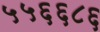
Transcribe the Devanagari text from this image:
५५६६८६